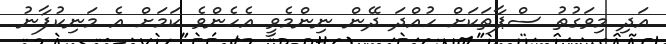
އަދި މިވަގުތު ސްޕާތަކަށް ހުއްދަ ދޭން ނިންމެވީ އެހެންވެ ކަމަށް އެ މަނިކުފާނު